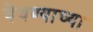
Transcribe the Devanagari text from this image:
वेधण्याच्या